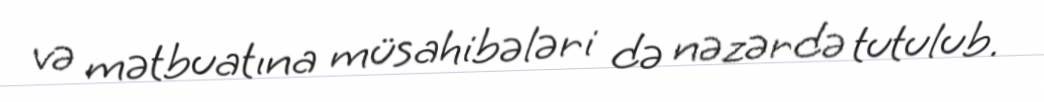
və mətbuatına müsahibələri də nəzərdə tutulub.